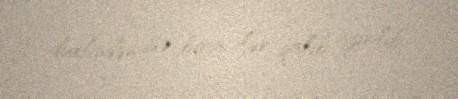
duelindən isə birincilər qalib ayrılıb.